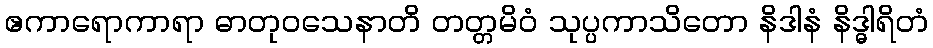
ဧကာရောကာရာ ဓာတုဝသေနာတိ တတ္တမိဝံ သုပ္ပကာသိတော နိဒါနံ နိဒ္ဓါရိတံ